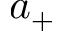
a _ { + }